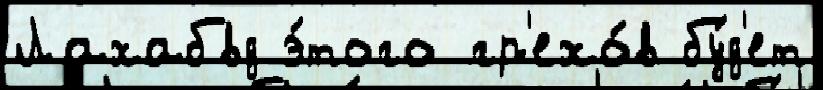
Лахабвд э́того гр'ехо́в бу́д'ет